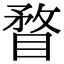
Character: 瞀